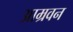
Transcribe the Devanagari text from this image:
आम्रवन